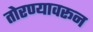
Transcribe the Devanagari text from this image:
तोरण्यावरून